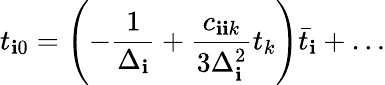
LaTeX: t_{\mathbf{i}0}=\left(-{\frac{{1}}{{\Delta_{\mathbf{i}}}}}+{\frac{{c_{\mathbf{i}\mathbf{i}k}}}{{3\Delta_{\mathbf{i}}^{2}}}}t_{k}\right)\bar{{t}}_{\mathbf{i}}+\dots